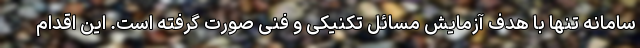
سامانه تنها با هدف آزمایش مسائل تکنیکی و فنی صورت گرفته است. این اقدام